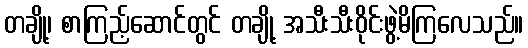
တချို့၊ စာကြည့်ဆောင်တွင် တချို့ အသီးသီးဝိုင်းဖွဲ့မိကြလေသည်။